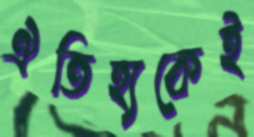
ঐতিহ্যকেই